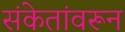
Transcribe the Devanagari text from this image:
संकेतांवरून